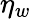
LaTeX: \eta_{w}